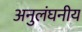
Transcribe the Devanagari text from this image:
अनुलंघनीय